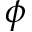
\phi